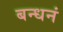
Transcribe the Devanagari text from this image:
बन्धनं